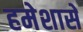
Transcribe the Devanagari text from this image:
हमेशासे